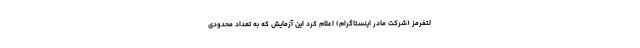
لتفرمز (شرکت مادر اینستاگرام) اعلام کرد این آزمایش که به تعداد محدودی